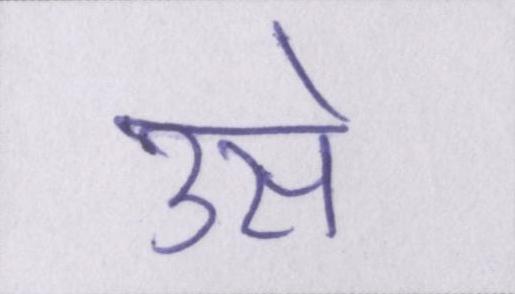
उसे